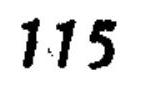
$115$